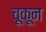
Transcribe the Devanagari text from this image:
चूकून